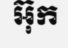
អ៊ុក